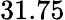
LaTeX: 31.75